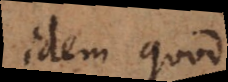
idem quod